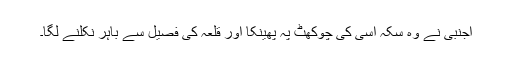
اجنبی نے وہ سکہ اسی کی چوکھٹ پہ پھینکا اور قلعہ کی فصیل سے باہر نکلنے لگا۔